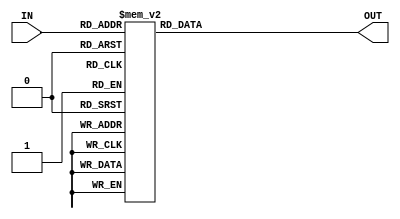
`timescale 1ns / 1ps//////////////////////////////////////////////////////////////////////////////////
// Company: 
// 
// Design Name: 
// Module Name:    DECO_REF_POT
// Project Name: 	 Control Servo	
// Target Devices: 
// Tool versions: 
// Description: Decodificador que ecala el valor de REF a los valores correspondientes de POT
//////////////////////////////////////////////////////////////////////////////////
module DECO_REF_POT(IN,OUT);
	input [8:0] IN;
	output reg [7:0] OUT;
	
	always@(IN)
		case(IN)
			9'd20:OUT=8'b01110001;
			9'd21:OUT=8'b01110001;
			9'd22:OUT=8'b01110000;
			9'd23:OUT=8'b01101111;
			9'd24:OUT=8'b01101110;
			9'd25:OUT=8'b01101110;
			9'd26:OUT=8'b01101101;
			9'd27:OUT=8'b01101100;
			9'd28:OUT=8'b01101100;
			9'd29:OUT=8'b01101011;
			9'd30:OUT=8'b01101010;
			9'd31:OUT=8'b01101001;	
			9'd32:OUT=8'b01101001;
			9'd33:OUT=8'b01101000;
			9'd34:OUT=8'b01100111;
			9'd35:OUT=8'b01100111;
			9'd36:OUT=8'b01100110;
			9'd37:OUT=8'b01100101;
			9'd38:OUT=8'b01100100;
			9'd39:OUT=8'b01100100;
			9'd40:OUT=8'b01100011;
			9'd41:OUT=8'b01100010;
			9'd42:OUT=8'b01100010;
			9'd43:OUT=8'b01100001;
			9'd44:OUT=8'b01100000;
			9'd45:OUT=8'b01100000;
			9'd46:OUT=8'b01011111;		
			9'd47:OUT=8'b01011110;
			9'd48:OUT=8'b01011101;	
			9'd49:OUT=8'b01011101;
			9'd50:OUT=8'b01011100;
			9'd51:OUT=8'b01011011;
			9'd52:OUT=8'b01011011;
			9'd53:OUT=8'b01011010;
			9'd54:OUT=8'b01011001;
			9'd55:OUT=8'b01011000;
			9'd56:OUT=8'b01011000;
			9'd57:OUT=8'b01010111;
			9'd58:OUT=8'b01010110;
			9'd59:OUT=8'b01010110;
			9'd60:OUT=8'b01010101;
			9'd61:OUT=8'b01010100;
			9'd62:OUT=8'b01010011;
			9'd63:OUT=8'b01010011;
			9'd64:OUT=8'b01010010;
			9'd65:OUT=8'b01010001;
			9'd66:OUT=8'b01010001;
			9'd67:OUT=8'b01010000;
			9'd68:OUT=8'b01001111;
			9'd69:OUT=8'b01001110;
			9'd70:OUT=8'b01001110;
			9'd71:OUT=8'b01001101;
			9'd72:OUT=8'b01001100;
			9'd73:OUT=8'b01001100;
			9'd74:OUT=8'b01001011;
			9'd75:OUT=8'b01001010;
			9'd76:OUT=8'b01001001;
			9'd77:OUT=8'b01001001;
			9'd78:OUT=8'b01001000;
			9'd79:OUT=8'b01000111;
			9'd80:OUT=8'b01000111;
			9'd81:OUT=8'b01000110;
			9'd82:OUT=8'b01000101;
			9'd83:OUT=8'b01000100;
			9'd84:OUT=8'b01000100;
			9'd85:OUT=8'b01000011;
			9'd86:OUT=8'b01000010;
			9'd87:OUT=8'b01000010;
			9'd88:OUT=8'b01000001;
			9'd89:OUT=8'b01000000;
			9'd90:OUT=8'b01000000;
			9'd91:OUT=8'b00111111;
			9'd92:OUT=8'b00111110;
			9'd93:OUT=8'b00111101;
			9'd94:OUT=8'b00111000;
			9'd95:OUT=8'b00111100;
			9'd96:OUT=8'b00111011;
			9'd97:OUT=8'b00111011;
			9'd98:OUT=8'b00111010;
			9'd99:OUT=8'b00111001;
			9'd100:OUT=8'b00111000;
			9'd101:OUT=8'b00111000;
			9'd102:OUT=8'b00110111;
			9'd103:OUT=8'b00110110;
			9'd104:OUT=8'b00110110;
			9'd105:OUT=8'b00110101;
			9'd106:OUT=8'b00110100;
			9'd107:OUT=8'b00110011;
			9'd108:OUT=8'b00110011;
			9'd109:OUT=8'b00110010;
			9'd110:OUT=8'b00110001;
			9'd111:OUT=8'b00110001;
			9'd112:OUT=8'b00110000;
			9'd113:OUT=8'b00101111;
			9'd114:OUT=8'b00101110;
			9'd115:OUT=8'b00101110;
			9'd116:OUT=8'b00101101;
			9'd117:OUT=8'b00101100;
			9'd118:OUT=8'b00101100;
			9'd119:OUT=8'b00101011;
			9'd120:OUT=8'b00101010;
			9'd121:OUT=8'b00101001;
			9'd122:OUT=8'b00101001;
			9'd123:OUT=8'b00101000;
			9'd124:OUT=8'b00100111;
			9'd125:OUT=8'b00100111;
			9'd126:OUT=8'b00100110;
			9'd127:OUT=8'b00100101;
			9'd128:OUT=8'b00100100;
			9'd129:OUT=8'b00100100;
			9'd130:OUT=8'b00100011;
			9'd131:OUT=8'b00100010;
			9'd132:OUT=8'b00100010;
			9'd133:OUT=8'b00100001;
			9'd134:OUT=8'b00100000;
			9'd135:OUT=8'b00100000;
			9'd136:OUT=8'b00011111;
			9'd137:OUT=8'b00011110;
			9'd138:OUT=8'b00011101;
			9'd139:OUT=8'b00011101;
			9'd140:OUT=8'b00011100;
			9'd141:OUT=8'b00011011;
			9'd142:OUT=8'b00011011;
			9'd143:OUT=8'b00011010;
			9'd144:OUT=8'b00011001;
			9'd145:OUT=8'b00011000;
			9'd146:OUT=8'b00011000;
			9'd147:OUT=8'b00010111;
			9'd148:OUT=8'b00010110;
			9'd149:OUT=8'b00010110;
			9'd150:OUT=8'b00010101;
			9'd151:OUT=8'b00010100;
			9'd152:OUT=8'b00010011;
			9'd153:OUT=8'b00010011;
			9'd154:OUT=8'b00010010;
			9'd155:OUT=8'b00010001;
			9'd156:OUT=8'b00010001;
			9'd157:OUT=8'b00010000;
			9'd158:OUT=8'b00001111;
			9'd159:OUT=8'b00001110;
			9'd160:OUT=8'b00001110;
			9'd161:OUT=8'b00001101;
			9'd162:OUT=8'b00001100;
			9'd163:OUT=8'b00001100;
			9'd164:OUT=8'b00001011;
			9'd165:OUT=8'b00001010;
			9'd166:OUT=8'b00001001;
			9'd167:OUT=8'b00001001;
			9'd168:OUT=8'b00001000;
			9'd169:OUT=8'b00000111;
			9'd170:OUT=8'b00000111;
			9'd171:OUT=8'b00000110;
			9'd172:OUT=8'b00000101;
			9'd173:OUT=8'b00000100;
			9'd174:OUT=8'b00000100;
			9'd175:OUT=8'b00000011;
			9'd176:OUT=8'b00000010;
			9'd177:OUT=8'b00000010;
			9'd178:OUT=8'b00000001;
			9'd179:OUT=8'b00000000;
			9'd180:OUT=8'b00000000;
			9'd181:OUT=8'b11111111;
			9'd182:OUT=8'b11111110;
			9'd183:OUT=8'b11111101;
			9'd184:OUT=8'b11111101;
			9'd185:OUT=8'b11111100;
			9'd186:OUT=8'b11111011;
			9'd187:OUT=8'b11111011;
			9'd188:OUT=8'b11111010;
			9'd189:OUT=8'b11111001;
			9'd190:OUT=8'b11111000;
			9'd191:OUT=8'b11111000;
			9'd192:OUT=8'b11110111;
			9'd193:OUT=8'b11110110;
			9'd194:OUT=8'b11110110;
			9'd195:OUT=8'b11110101;
			9'd196:OUT=8'b11110100;
			9'd197:OUT=8'b11110011;
			9'd198:OUT=8'b11110011;
			9'd199:OUT=8'b11110010;
			9'd200:OUT=8'b11110001;
			9'd201:OUT=8'b11110001;
			9'd202:OUT=8'b11110000;
			9'd203:OUT=8'b11101111;
			9'd204:OUT=8'b11101110;
			9'd205:OUT=8'b11101110;
			9'd206:OUT=8'b11101101;
			9'd207:OUT=8'b11101100;
			9'd208:OUT=8'b11101100;
			9'd209:OUT=8'b11101011;
			9'd210:OUT=8'b11101010;
			9'd211:OUT=8'b11101001;
			9'd212:OUT=8'b11101001;
			9'd213:OUT=8'b11101000;
			9'd214:OUT=8'b11100111;
			9'd215:OUT=8'b11100111;
			9'd216:OUT=8'b11100110;
			9'd217:OUT=8'b11100101;
			9'd218:OUT=8'b11100100;
			9'd219:OUT=8'b11100100;
			9'd220:OUT=8'b11100011;
			9'd221:OUT=8'b11100010;
			9'd222:OUT=8'b11100010;
			9'd223:OUT=8'b11100001;
			9'd224:OUT=8'b11100000;
			9'd225:OUT=8'b11100000;
			9'd226:OUT=8'b11011111;
			9'd227:OUT=8'b11011110;
			9'd228:OUT=8'b11011101;
			9'd229:OUT=8'b11011101;
			9'd230:OUT=8'b11011100;
			9'd231:OUT=8'b11011011;
			9'd232:OUT=8'b11011011;
			9'd233:OUT=8'b11011010;
			9'd234:OUT=8'b11011001;
			9'd235:OUT=8'b11011000;
			9'd236:OUT=8'b11011000;
			9'd237:OUT=8'b11010111;
			9'd238:OUT=8'b11010110;
			9'd239:OUT=8'b11010110;
			9'd240:OUT=8'b11010101;
			9'd241:OUT=8'b11010100;
			9'd242:OUT=8'b11010011;
			9'd243:OUT=8'b11010011;
			9'd244:OUT=8'b11010010;
			9'd245:OUT=8'b11010001;
			9'd246:OUT=8'b11010001;
			9'd247:OUT=8'b11010000;
			9'd248:OUT=8'b11001111;
			9'd249:OUT=8'b11001110;
			9'd250:OUT=8'b11001110;
			9'd251:OUT=8'b11001101;
			9'd252:OUT=8'b11001100;
			9'd253:OUT=8'b11001100;
			9'd254:OUT=8'b11001011;
			9'd255:OUT=8'b11001010;
			9'd256:OUT=8'b11001001;
			9'd257:OUT=8'b11001001;
			9'd258:OUT=8'b11001000;
			9'd259:OUT=8'b11000111;
			9'd260:OUT=8'b11000111;
			9'd261:OUT=8'b11000110;
			9'd262:OUT=8'b11000101;
			9'd263:OUT=8'b11000100;
			9'd264:OUT=8'b11000100;
			9'd265:OUT=8'b11000011;
			9'd266:OUT=8'b11000010;
			9'd267:OUT=8'b11000010;
			9'd268:OUT=8'b11000001;
			9'd269:OUT=8'b11000000;
			9'd270:OUT=8'b11000000;
			9'd271:OUT=8'b10111111;
			9'd272:OUT=8'b10111110;
			9'd273:OUT=8'b10111101;
			9'd274:OUT=8'b10111101;
			9'd275:OUT=8'b10111100;
			9'd276:OUT=8'b10111011;
			9'd277:OUT=8'b10111011;
			9'd278:OUT=8'b10111010;
			9'd279:OUT=8'b10111001;
			9'd280:OUT=8'b10111000;
			9'd281:OUT=8'b10111000;
			9'd282:OUT=8'b10110111;
			9'd283:OUT=8'b10110110;
			9'd284:OUT=8'b10110110;
			9'd285:OUT=8'b10110101;
			9'd286:OUT=8'b10110100;
			9'd287:OUT=8'b10110011;
			9'd288:OUT=8'b10110011;
			9'd289:OUT=8'b10110010;
			9'd290:OUT=8'b10110001;
			9'd291:OUT=8'b10110001;
			9'd292:OUT=8'b10110000;
			9'd293:OUT=8'b10101111;
			9'd294:OUT=8'b10101110;
			9'd295:OUT=8'b10101110;
			9'd296:OUT=8'b10101101;
			9'd297:OUT=8'b10101100;
			9'd298:OUT=8'b10101100;
			9'd299:OUT=8'b10101011;
			9'd300:OUT=8'b10101010;
			9'd301:OUT=8'b10101001;
			9'd302:OUT=8'b10101001;
			9'd303:OUT=8'b10101000;
			9'd304:OUT=8'b10100111;
			9'd305:OUT=8'b10100111;
			9'd306:OUT=8'b10100110;
			9'd307:OUT=8'b10100101;
			9'd308:OUT=8'b10100100;
			9'd309:OUT=8'b10100100;
			9'd310:OUT=8'b10100011;
			9'd311:OUT=8'b10100010;
			9'd312:OUT=8'b10100010;
			9'd313:OUT=8'b10100001;
			9'd314:OUT=8'b10100000;
			9'd315:OUT=8'b10100000;
			9'd316:OUT=8'b10011111;
			9'd317:OUT=8'b10011110;
			9'd318:OUT=8'b10011101;
			9'd319:OUT=8'b10011101;
			9'd320:OUT=8'b10011100;
			9'd321:OUT=8'b10011011;
			9'd322:OUT=8'b10011011;
			9'd323:OUT=8'b10011010;
			9'd324:OUT=8'b10011001;
			9'd325:OUT=8'b10011000;
			9'd326:OUT=8'b10011000;
			9'd327:OUT=8'b10010111;
			9'd328:OUT=8'b10010110;
			9'd329:OUT=8'b10010110;
			9'd330:OUT=8'b10010101;
			9'd331:OUT=8'b10010100;
			9'd332:OUT=8'b10010011;
			9'd333:OUT=8'b10010011;
			9'd334:OUT=8'b10010010;
			9'd335:OUT=8'b10010001;
			9'd336:OUT=8'b10010001;
			9'd337:OUT=8'b10010000;
			9'd338:OUT=8'b10001111;
			9'd339:OUT=8'b10001110;
			9'd340:OUT=8'b10001110;

			default OUT=8'b00000000;
		endcase



endmodule